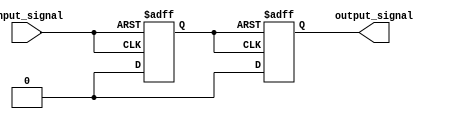
module Schmitt_trigger_buffer(
    input wire input_signal,
    output reg output_signal
);

reg reg_input;

always @ (posedge input_signal or negedge input_signal) begin
    if (input_signal == 1'b1) begin
        reg_input <= 1'b1;
    end else begin
        reg_input <= 1'b0;
    end
end

always @ (posedge reg_input or negedge reg_input) begin
    if (reg_input == 1'b1) begin
        output_signal <= 1'b1;
    end else begin
        output_signal <= 1'b0;
    end
end

endmodule